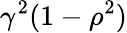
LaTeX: \gamma^{2}(1-\rho^{2})